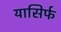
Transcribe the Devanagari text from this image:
यासिर्फ